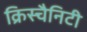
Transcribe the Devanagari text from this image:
क्रिस्चैनिटी